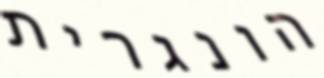
הונגרית